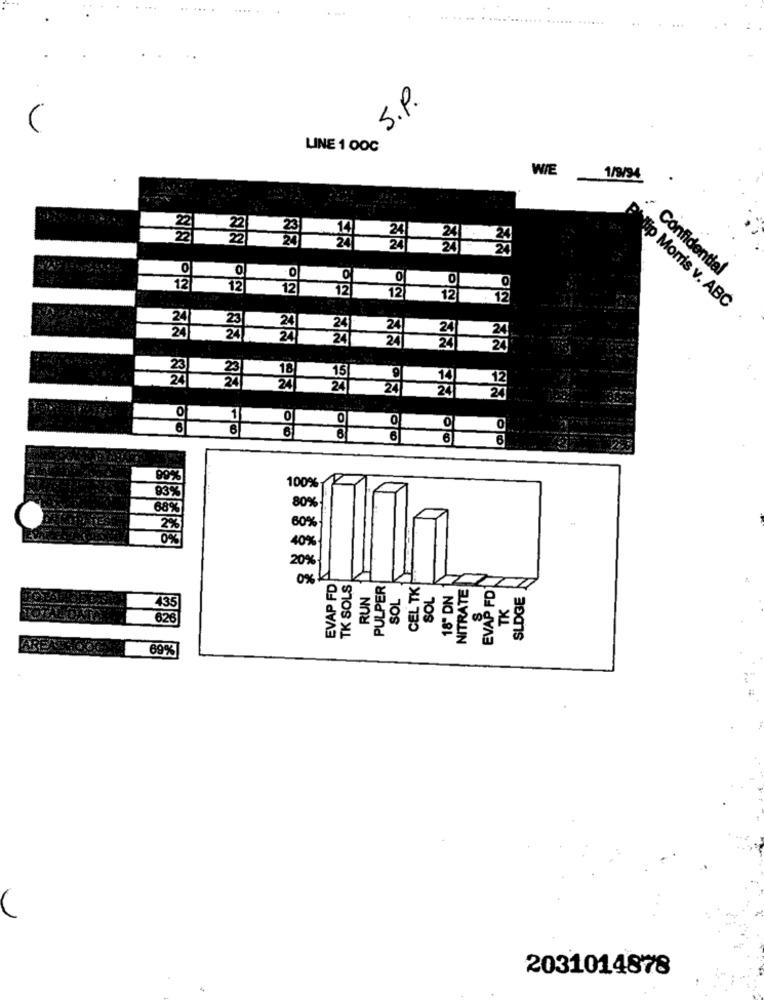
.....
S.P.
LINE 1 00C
WIE
1/9/94
22
23
24
0
O
Confidential
0
O
12
12
12
12
12
12
12
lip Morris v. ABC
23
24
24
24
24
23
23
18
15
24
24
14
12
24
24
24
2
O
1
0
0
0
6
O
0
6
6
99%
100%
93%
80%
68%
2%
60%
0%
40%
20%
EVAP FD
TK SOLS
RUN
PULPER
SOL
CEL TX
EVAP FD
SOL
18" DN
NITRATE
SLDGE
TK
626
69%
2031014878
4